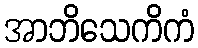
အာဘိသေကိကံ